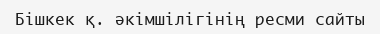
Бішкек қ. әкімшілігінің ресми сайты